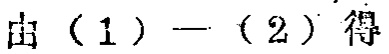
由（1）$-$（2）得